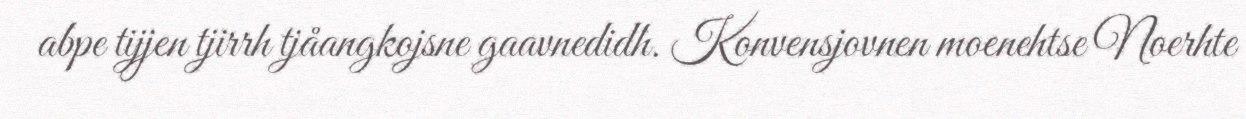
abpe tijjen tjirrh tjåangkojsne gaavnedidh. Konvensjovnen moenehtse Noerhte